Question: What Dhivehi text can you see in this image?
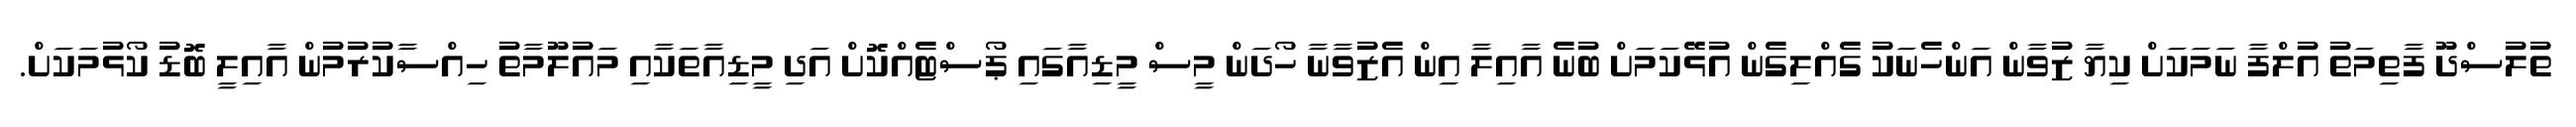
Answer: ތުލުސްދޫ ފާތިމަތު އުލްފާ ނަމަކަށް ކިޔާ ޒުވާން އަންހެނަކު ގެއްލިގެން އުޅޭކަމަށް ބުނެ އާއިލާ އިން އެޒުވާނާ ހޯދަން މީސް މީޑިއާގައި ޕޯސްޓެއްކޮށް އަދި މީޑިއާތަކާއި މައުލޫމާތު ހިއްސާކުރުމުން އާއިލީ ބޮޑު ކޯޅުމަކަށް.